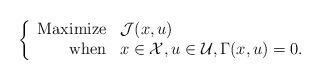
LaTeX: \begin{align*}\left\{\begin{array}{rl}{\rm Maximize} & {\mathcal J}(x,u)\\{\rm when} & x \in {\mathcal X}, u \in {\mathcal U}, \Gamma(x,u) = 0.\end{array}\right.\end{align*}